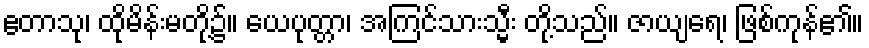
ဧတာသု၊ ထိုမိန်းမတို့၌။ ယေပုတ္တာ၊ အကြင်သားသ္မီး တို့သည်။ ဇာယျရေ၊ ဖြစ်ကုန်၏။